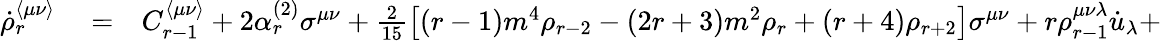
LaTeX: \begin{array}{rlr}{\dot{\rho}_{r}^{\langle\mu\nu\rangle}}&{{}=}&{C_{r-1}^{\langle\mu\nu\rangle}+2\alpha_{r}^{(2)}\sigma^{\mu\nu}+\frac{2}{15}\left[(r-1)m^{4}\rho_{r-2}-(2r+3)m^{2}\rho_{r}+(r+4)\rho_{r+2}\right]\sigma^{\mu\nu}+r\rho_{r-1}^{\mu\nu\lambda}\dot{u}_{\lambda}+}\end{array}